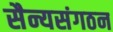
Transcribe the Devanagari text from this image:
सैन्यसंगठन